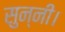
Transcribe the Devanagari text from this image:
सुन्नी।